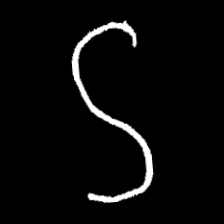
Pyu character \u2014 Myanmar letter: ဌ (romanized: ttha)